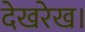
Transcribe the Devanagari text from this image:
देखरेख।